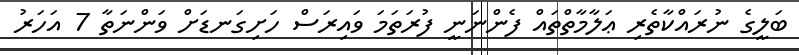
ބަލީގެ ނުރައްކާތެރި ޢަލާމާތްތައް ފެންނަނީ ފުރަތަމަ ވައިރަސް ހަށިގަނޑަށް ވަންނަތާ 7 އަހަރު